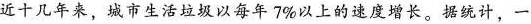
近十几年来，城市生活垃圾以每年7%以上的速度增长。据统计，一